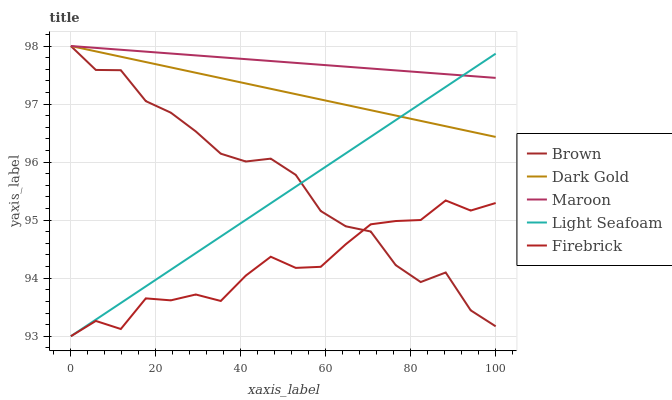
| xaxis_label | Brown | Dark Gold | Maroon | Light Seafoam | Firebrick |
 | --- | --- | --- | --- | --- | --- |
 | 0 | 98 | 98 | 98 | 93 | 93 |
 | 5.88 | 97.6 | 97.9 | 98 | 93.3 | 93.3 |
 | 11.8 | 97.6 | 97.8 | 97.9 | 93.6 | 93.1 |
 | 17.6 | 97.1 | 97.7 | 97.9 | 93.9 | 93.7 |
 | 23.5 | 96.9 | 97.6 | 97.9 | 94.1 | 93.6 |
 | 29.4 | 96.5 | 97.5 | 97.8 | 94.4 | 93.7 |
 | 35.3 | 96.1 | 97.4 | 97.8 | 94.7 | 93.6 |
 | 41.2 | 96 | 97.4 | 97.8 | 95 | 94 |
 | 47.1 | 96.1 | 97.3 | 97.7 | 95.3 | 94.4 |
 | 52.9 | 95.8 | 97.2 | 97.7 | 95.6 | 94.2 |
 | 58.8 | 95.2 | 97.1 | 97.7 | 95.9 | 94.2 |
 | 64.7 | 94.9 | 97 | 97.6 | 96.2 | 94.6 |
 | 70.6 | 94.8 | 96.9 | 97.6 | 96.4 | 94.9 |
 | 76.5 | 94.2 | 96.8 | 97.6 | 96.7 | 95 |
 | 82.4 | 93.9 | 96.7 | 97.5 | 97 | 95 |
 | 88.2 | 94.1 | 96.6 | 97.5 | 97.3 | 95.3 |
 | 94.1 | 93.4 | 96.5 | 97.5 | 97.6 | 95.2 |
 | 100 | 93.2 | 96.4 | 97.5 | 97.9 | 95.3 |